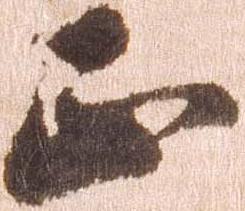
正